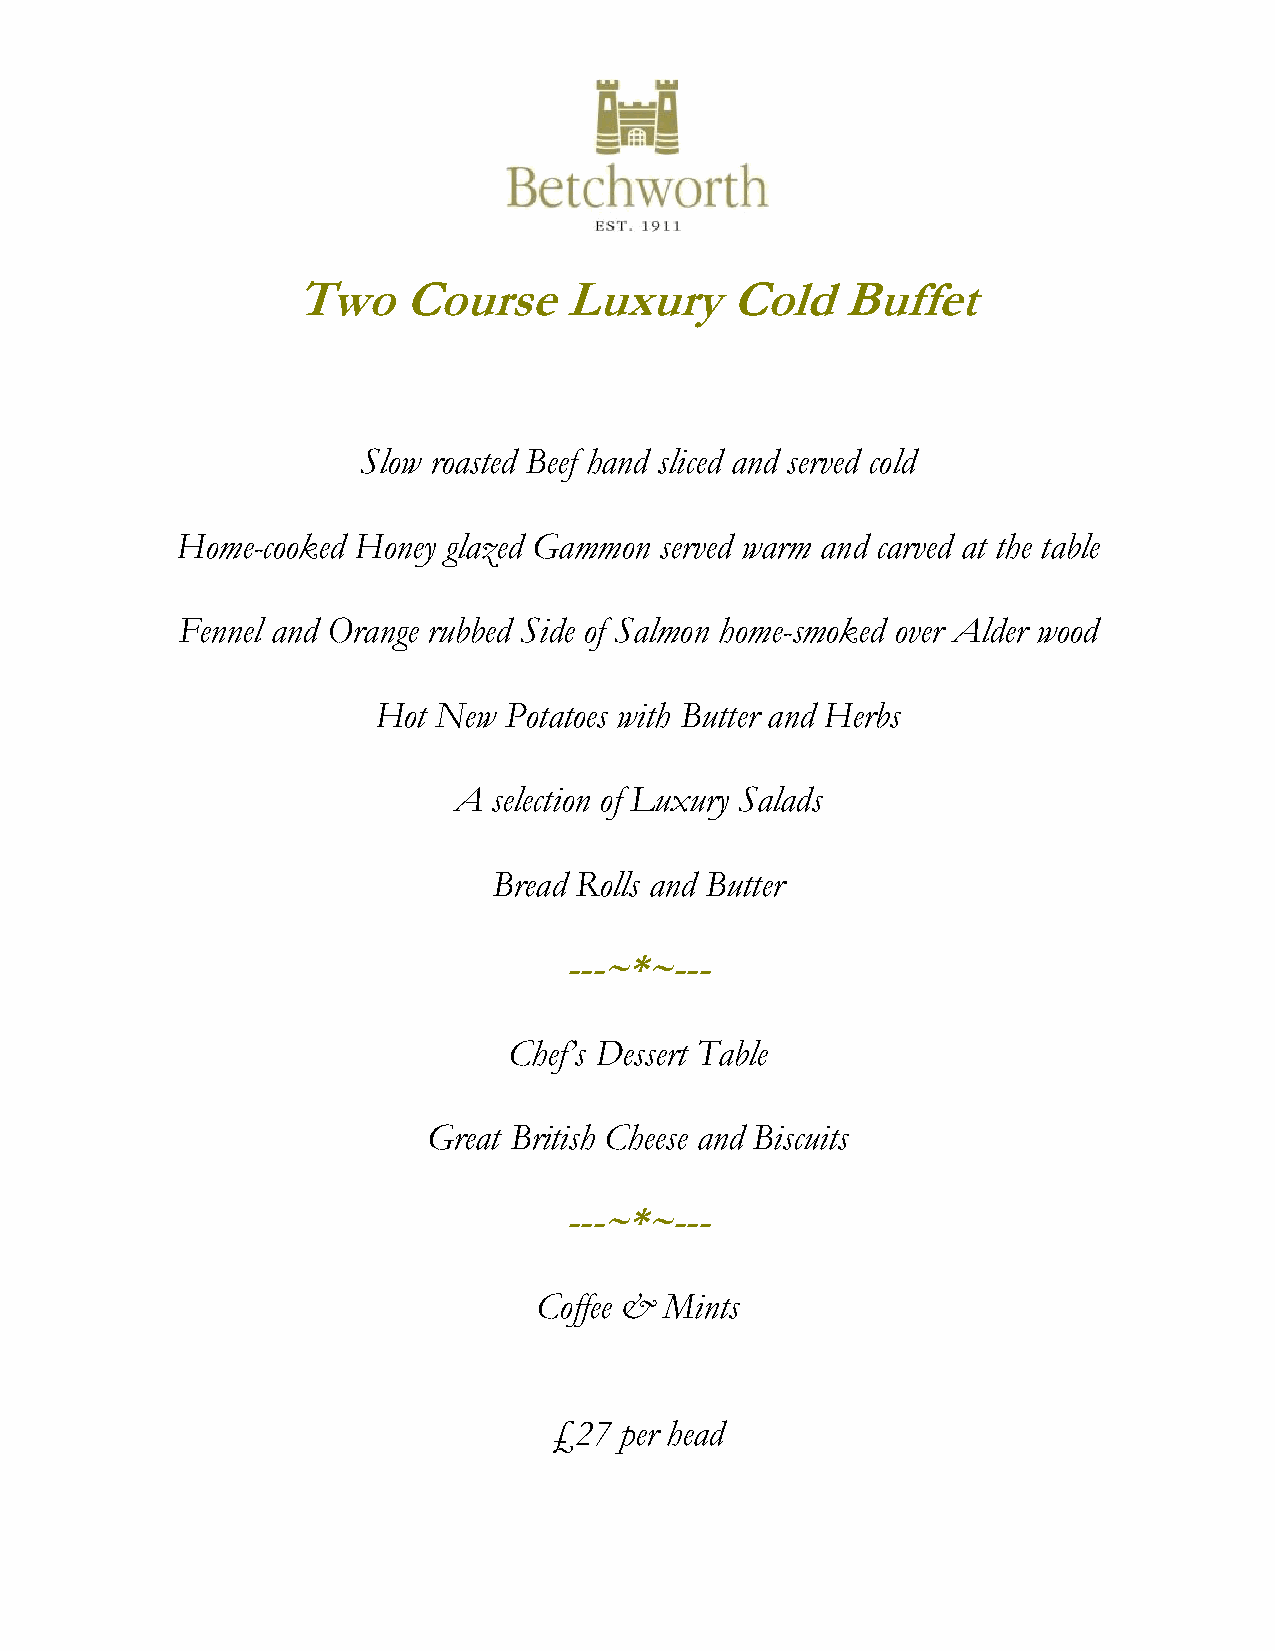
l
 Two     Course    Luxury     Cold    Buffet
 Slow roasted Beef hand sliced and served cold
 Home-cooked Honey glazed Gammon served warm and carved at the table
 Fennel and Orange rubbed Side of Salmon home-smoked over Alder wood
 Hot New Potatoes with Butter and Herbs
 A  selection of Luxury Salads
 Bread Rolls and Butter
 ---~*~---
 Chef’s Dessert Table
 Great British Cheese and Biscuits
 ---~*~---
 Coffee & Mints
 £27 per head